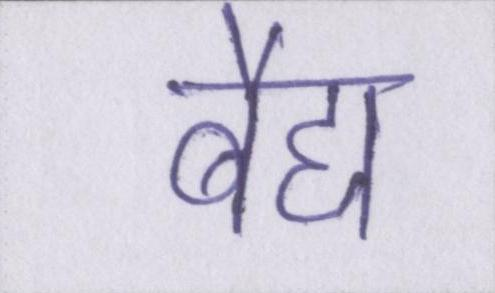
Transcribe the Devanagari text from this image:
बैद्य